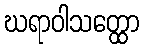
ဃရာဝါသတ္ထော